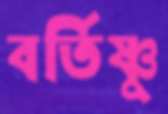
বর্তিষ্ণু